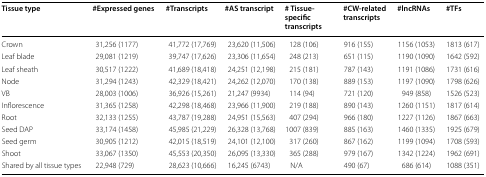
<table><thead><tr><td><b>Tissue type</b></td><td><b>#Expressed genes</b></td><td><b>#Transcripts</b></td><td><b>#AS transcript</b></td><td><b># Tissue-specific transcripts</b></td><td><b>#CW-related transcripts</b></td><td><b>#lncRNAs</b></td><td><b>#TFs</b></td></tr></thead><tbody><tr><td>Crown</td><td>31,256 (1177)</td><td>41,772 (17,769)</td><td>23,620 (11,506)</td><td>128 (106)</td><td>916 (155)</td><td>1156 (1053)</td><td>1813 (617)</td></tr><tr><td>Leaf blade</td><td>29,081 (1219)</td><td>39,747 (17,626)</td><td>23,306 (11,654)</td><td>248 (213)</td><td>651 (115)</td><td>1190 (1090)</td><td>1642 (592)</td></tr><tr><td>Leaf sheath</td><td>30,517 (1222)</td><td>41,689 (18,418)</td><td>24,251 (12,198)</td><td>215 (181)</td><td>787 (143)</td><td>1191 (1086)</td><td>1731 (616)</td></tr><tr><td>Node</td><td>31,294 (1243)</td><td>42,329 (18,421)</td><td>24,262 (12,070)</td><td>170 (138)</td><td>889 (153)</td><td>1197 (1090)</td><td>1798 (626)</td></tr><tr><td>VB</td><td>28,003 (1006)</td><td>36,926 (15,261)</td><td>21,247 (9934)</td><td>114 (94)</td><td>721 (120)</td><td>949 (858)</td><td>1526 (523)</td></tr><tr><td>Inflorescence</td><td>31,365 (1258)</td><td>42,298 (18,468)</td><td>23,966 (11,900)</td><td>219 (188)</td><td>890 (143)</td><td>1260 (1151)</td><td>1817 (614)</td></tr><tr><td>Root</td><td>32,133 (1255)</td><td>43,787 (19,288)</td><td>24,951 (15,563)</td><td>407 (294)</td><td>966 (180)</td><td>1227 (1126)</td><td>1867 (663)</td></tr><tr><td>Seed DAP</td><td>33,174 (1458)</td><td>45,985 (21,229)</td><td>26,328 (13,768)</td><td>1007 (839)</td><td>885 (163)</td><td>1460 (1335)</td><td>1925 (679)</td></tr><tr><td>Seed germ</td><td>30,905 (1212)</td><td>42,015 (18,519)</td><td>24,101 (12,100)</td><td>317 (260)</td><td>867 (162)</td><td>1199 (1094)</td><td>1708 (593)</td></tr><tr><td>Shoot</td><td>33,067 (1350)</td><td>45,553 (20,350)</td><td>26,095 (13,330)</td><td>365 (288)</td><td>979 (167)</td><td>1342 (1224)</td><td>1962 (691)</td></tr><tr><td>Shared by all tissue types</td><td>22,948 (729)</td><td>28,623 (10,666)</td><td>16,245 (6743)</td><td>N/A</td><td>490 (67)</td><td>686 (614)</td><td>1088 (351)</td></tr></tbody></table>